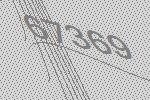
67369